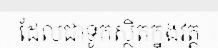
ដែលជាទូកស្ថិតក្នុងវត្ត